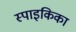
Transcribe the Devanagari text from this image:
स्पाइकिका